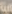
عبية